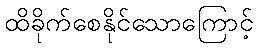
ထိခိုက်စေနိုင်သောကြောင့်